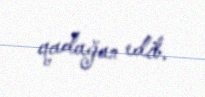
qadağan edib.